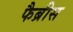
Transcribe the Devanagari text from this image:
फैब्रीस